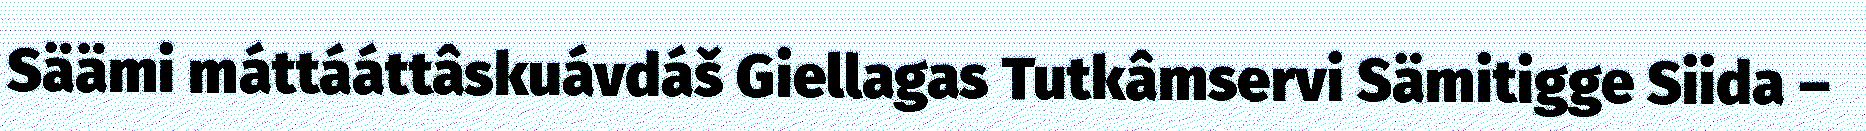
Säämi máttááttâskuávdáš Giellagas Tutkâmservi Sämitigge Siida –